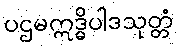
ပဌမဣဒ္ဓိပါဒသုတ္တံ